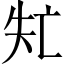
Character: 𠅐